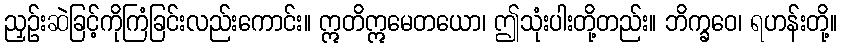
ညှဉ်းဆဲခြင့်ကိုကြံခြင်းလည်းကောင်း။ ဣတိဣမေတယော၊ ဤသုံးပါးတို့တည်း။ ဘိက္ခဝေ၊ ရဟန်းတို့။